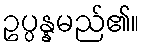
ဥပ္ပန္နမည်၏။